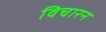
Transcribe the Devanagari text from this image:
विचारन